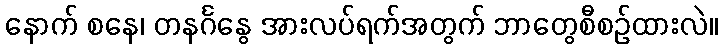
နောက် စနေ၊ တနင်္ဂနွေ အားလပ်ရက်အတွက် ဘာတွေစီစဉ်ထားလဲ။